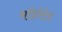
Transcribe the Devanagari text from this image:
मॉडरेटेड